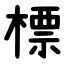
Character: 標